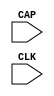
// $Header: /devl/xcs/repo/env/Databases/CAEInterfaces/verunilibs/data/unisims/CAPTURE_SPARTAN2.v,v 1.7 2007/05/23 21:43:33 patrickp Exp $
///////////////////////////////////////////////////////////////////////////////
// Copyright (c) 1995/2004 Xilinx, Inc.
// All Right Reserved.
///////////////////////////////////////////////////////////////////////////////
//   ____  ____
//  /   /\/   /
// /___/  \  /    Vendor : Xilinx
// \   \   \/     Version : 10.1
//  \   \         Description : Xilinx Functional Simulation Library Component
//  /   /                  Register State Capture for Bitstream Readback for SPARTAN2
// /___/   /\     Filename : CAPTURE_SPARTAN2.v
// \   \  /  \    Timestamp : Thu Mar 25 16:42:15 PST 2004
//  \___\/\___\
//
// Revision:
//    03/23/04 - Initial version.
//    07/23/05 - Added ONESHOT to all CAPUTURE comps; CR # 212645
//    01/19/06 - made ONESHOT false; CR # 220151
//    05/23/07 - Changed timescale to 1 ps / 1 ps.

`timescale  1 ps / 1 ps


module CAPTURE_SPARTAN2 (CAP, CLK);

    input  CAP, CLK;

    parameter ONESHOT = "FALSE";

endmodule